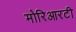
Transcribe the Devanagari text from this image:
मोरिआरटी